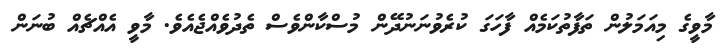
މާވީގެ މިއަމަލުން ތަފާތުކަމެއް ފާހަގަ ކުރެވުނަނުދޭން މުސްކާންވެސް ތެދުވެއްޖެއެވެ. މާވީ އެއްޗެއް ބުނަން